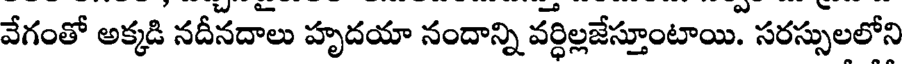
వేగంతో అక్కడి నదీనదాలు హృదయా నందాన్ని వర్ధిల్లజేస్తూంటాయి. సరస్సులలోని